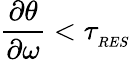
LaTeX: \frac{\partial\theta}{\partial\omega}<\tau_{_{RES}}